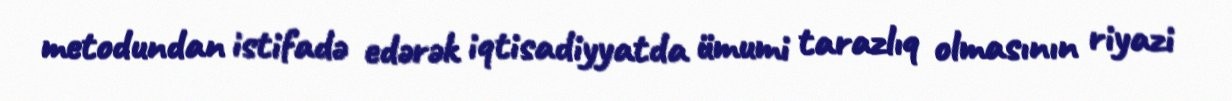
metodundan istifadə edərək iqtisadiyyatda ümumi tarazlıq olmasının riyazi